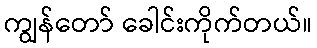
ကျွန်တော် ခေါင်းကိုက်တယ်။